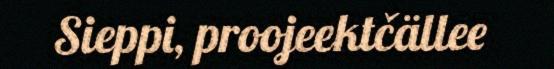
Sieppi, proojeektčällee